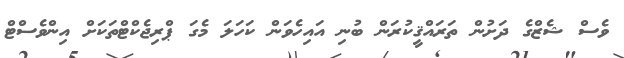
ވެސް ޝެޒްގެ ދަށުން ތަރައްޤީކުރަން ބުނި އައިހެވަން ކަހަލަ މެގަ ޕްރިޖެކްޓްތަކަށް އިންވެސްޓް